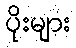
ပိုးများ